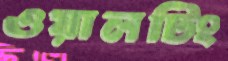
ওয়ালটিং